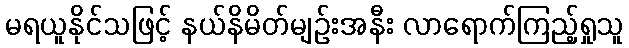
မရယူနိုင်သဖြင့် နယ်နိမိတ်မျဉ်းအနီး လာရောက်ကြည့်ရှုသူ